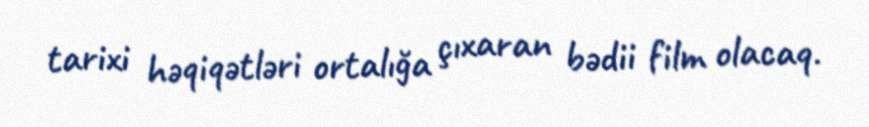
tarixi həqiqətləri ortalığa çıxaran bədii film olacaq.